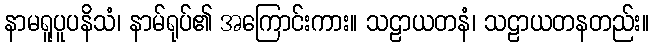
နာမရူပူပနိသံ၊ နာမ်ရုပ်၏ အကြောင်းကား။ သဠာယတနံ၊ သဠာယတနတည်း။